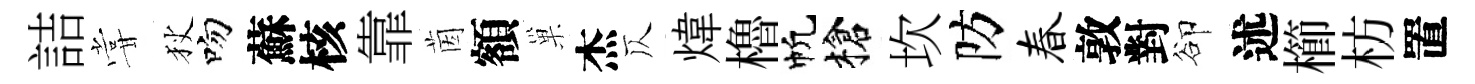
詰甞狄吻蘇核靠茵額巢杰仄煒櫓帆槍坎防春敦對卻述櫛枋置